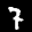
Label: 7